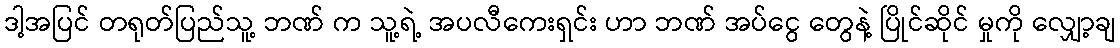
ဒါ့အပြင် တရုတ်ပြည်သူ့ ဘဏ် က သူ့ရဲ့ အပလီကေးရှင်း ဟာ ဘဏ် အပ်ငွေ တွေနဲ့ ပြိုင်ဆိုင် မှုကို လျှော့ချ